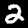
Label: 2